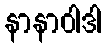
နာနာဝါဒါ